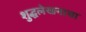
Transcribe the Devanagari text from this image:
शुद्धलेखनाचा